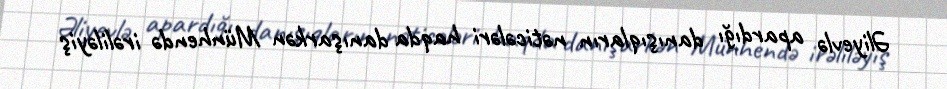
Əliyevlə apardığı danışıqların nəticələri haqda danışarkən Münhendə irəliləyiş